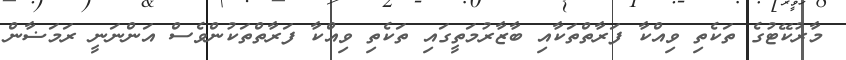
މާރުކޭޓުގެ ތަކެތި ވިއްކާ ފަރާތްތަކާއި ބާޒާރުމަތީގައި ތަކެތި ވިއްކާ ފަރާތްތަކުންވެސް އަންނަނީ ރަމަޟާން